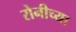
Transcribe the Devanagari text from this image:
रोनीच्या